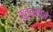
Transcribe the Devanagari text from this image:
कुतुबखाने